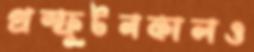
প্রস্ফুটনকালও